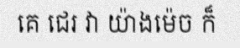
គេ ជេរ វា យ៉ាងម៉េច ក៏